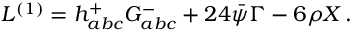
{ \cal L } ^ { ( 1 ) } = h _ { a b c } ^ { + } G _ { a b c } ^ { - } + 2 4 \bar { \psi } \Gamma - 6 \rho X \, .